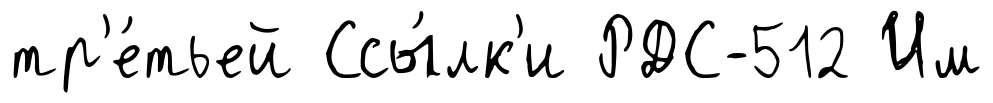
тр'е́тьей Ссы́лк'и РДС-512 Им